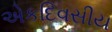
એકદિવસીય